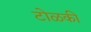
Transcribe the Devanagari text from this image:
टोळकी